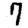
Digit: 7